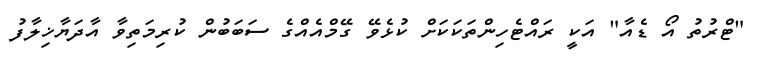
"ޓްރުތު އޯ ޑެއާ" އަކީ ރައްޓެހިންތަކަކަށް ކުޅެވޭ ގޭމްއެއްގެ ސަބަބުން ކުރިމަތިވާ އާދަޔާޚިލާފު